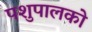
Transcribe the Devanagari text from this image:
पशुपालको